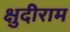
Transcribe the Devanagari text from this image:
क्षुदीराम